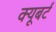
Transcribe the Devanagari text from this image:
क्यूबर्ट